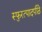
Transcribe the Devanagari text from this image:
स्फुरत्पादपीठे